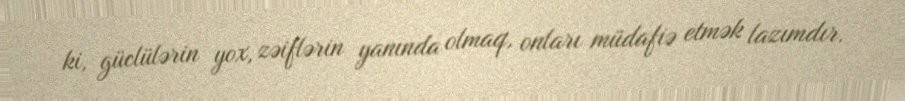
ki, güclülərin yox, zəiflərin yanında olmaq, onları müdafiə etmək lazımdır.